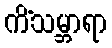
ကိံသမ္ဘာရာ